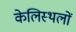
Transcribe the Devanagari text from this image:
केलिस्थलों